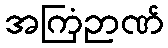
အကြံဉာဏ်